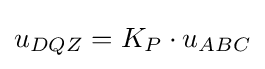
u_{DQZ}=K_{P}\cdot u_{ABC}